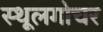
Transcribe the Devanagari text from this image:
स्थूलगोचर